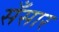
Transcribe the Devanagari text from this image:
सँसार